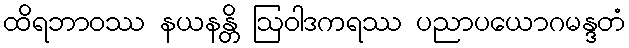
ထိရဘာဝဿ နယနန္တိ ဩဝါဒကရဿ ပညာပယောဂမန္ဒတံ